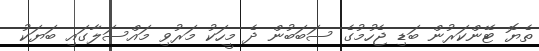
ތެޔޮ ޓޭންކަރުން ބަޑި ޖެހުމުގެ ސަބަބުން ދެ މީހަކު މަރުވި މައްސަލާގައި ބަޔަކު